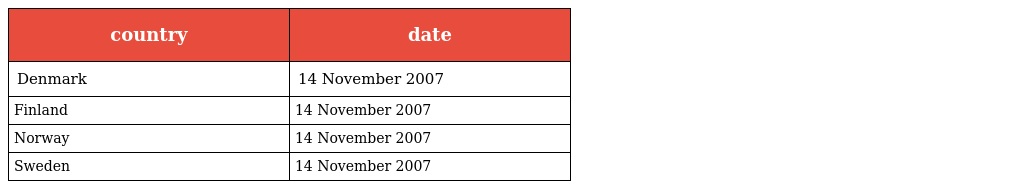
| country | date |
 | --- | --- |
 | Denmark | 14 November 2007 |
 | Finland | 14 November 2007 |
 | Norway | 14 November 2007 |
 | Sweden | 14 November 2007 |